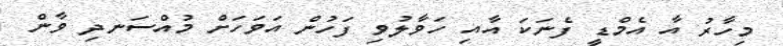
މިހާރު އާ އެމްޑީ ފެނަކަ އާއި ހަވާލުވި ފަހުން އަވަހަށް މުއްސަނދި ވާން